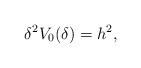
LaTeX: \begin{align*} \delta^{2} V_{0} ( \delta ) = h^{2} ,\end{align*}